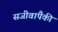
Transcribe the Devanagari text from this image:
सजीवांपैकी